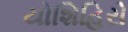
યોશિહિરો